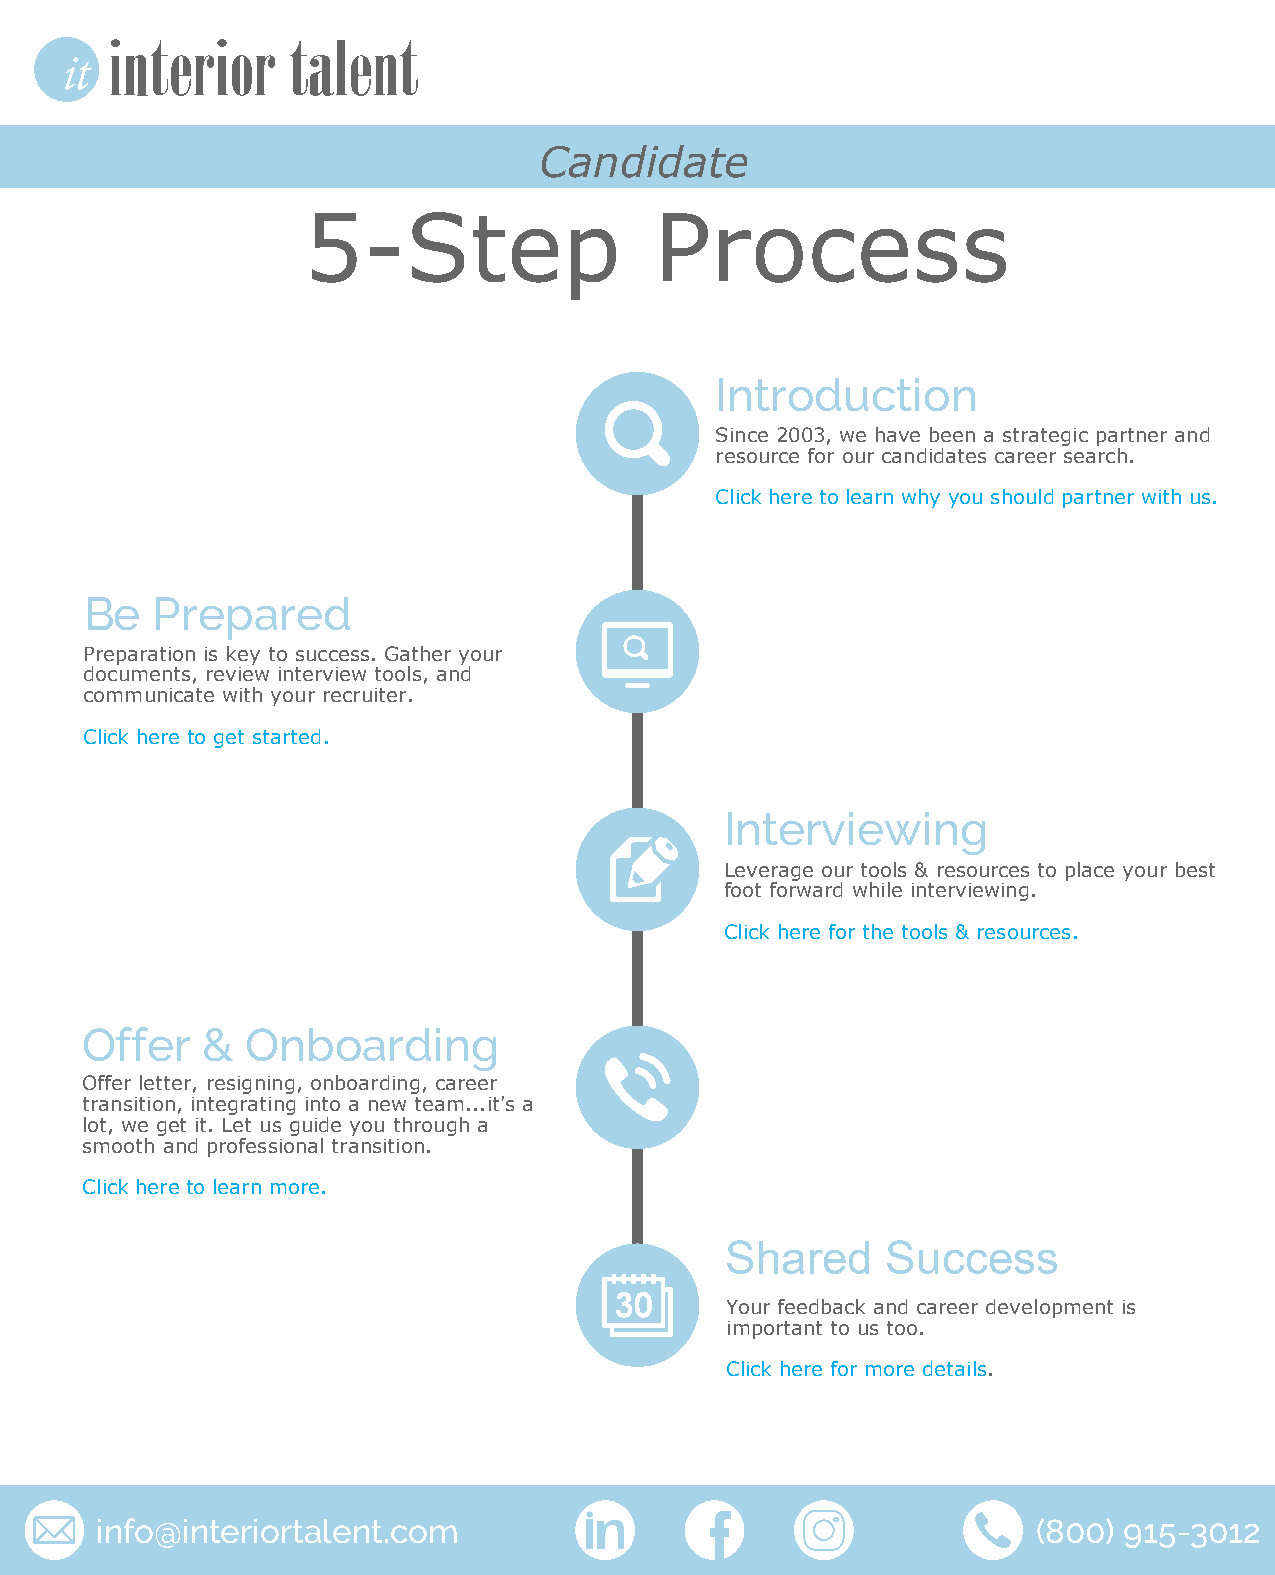
Candidate
 5-Step                 Process
 Introduction
 Since 2003, we have been a strategic partner and
 resource for our candidates career search.
 Click here to learn why you should partner with us.
 Be  Prepared
 Preparation is key to success. Gather your
 documents, review interview tools, and
 communicate with your recruiter.
 Click here to get started.
 Interviewing
 Leverage our tools & resources to place your best
 foot forward while interviewing.
 Click here for the tools & resources.
 Offer   &  Onboarding
 Offer letter, resigning, onboarding, career
 transition, integrating into a new team...it's a
 lot, we get it. Let us guide you through a
 smooth and professional transition.
 Click here to learn more.
 Shared     Success
 Your feedback and career development is
 important to us too.
 Click here for more details.
 info@interiortalent.com                                        (800) 915-3012